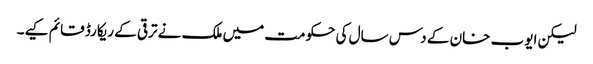
لیکن ایوب خان کے دس سال کی حکومت میں ملک نے ترقی کے ریکارڈ قائم کیے۔